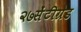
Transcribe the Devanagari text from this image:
२७सेंटीग्रेड